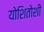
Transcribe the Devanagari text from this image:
योशितोशी